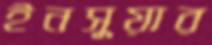
ইনসুয়ার